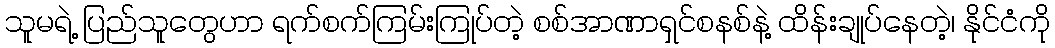
သူမရဲ့ ပြည်သူတွေဟာ ရက်စက်ကြမ်းကြုပ်တဲ့ စစ်အာဏာရှင်စနစ်နဲ့ ထိန်းချုပ်နေတဲ့၊ နိုင်ငံကို